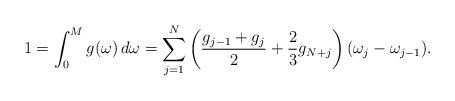
LaTeX: \begin{align*} 1 = \int_0^M g(\omega)\, d\omega = \sum_{j=1}^N \left(\frac{g_{j-1}+g_j}{2}+ \frac23 g_{N+j}\right)(\omega_j-\omega_{j-1}).\end{align*}